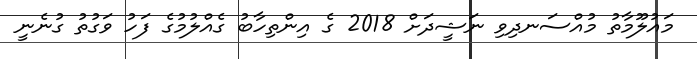
މައުލޫމާތު މުއްސަނދިވި ނަޝީދަށް 2018 ގެ އިންތިހާބު ގެއްލުމުގެ ފަހު ވަގުތު ގުނެނީ